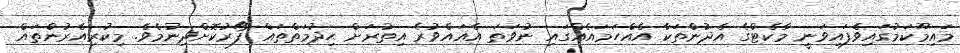
މައިމޫކަމުގައިވެފައިވަނީ މާކެޓްގެ އެދުންތަކާ އެއްހަމައެއްގައި ނުވަތަ އެއައްވުރެ އިތުރަށް ޙިދުމަތްތައް ފޯރުކޮށްދިނުމެވެ. މިކުރިއެރުންތައް